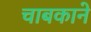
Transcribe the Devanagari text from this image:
चाबकाने